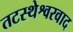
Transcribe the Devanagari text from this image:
तटस्थेश्वरवाद